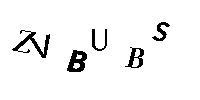
ZVBUBS